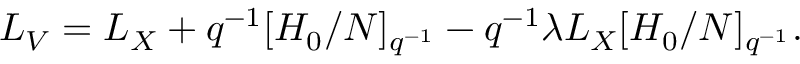
L _ { V } = L _ { X } + q ^ { - 1 } [ H _ { 0 } / N ] _ { q ^ { - 1 } } - q ^ { - 1 } \lambda L _ { X } [ H _ { 0 } / N ] _ { q ^ { - 1 } } .